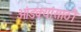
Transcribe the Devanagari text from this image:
ओंडक्यांसाठी